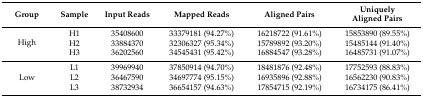
| Group | Sample | Input Reads | Mapped Reads | Aligned Pairs | Uniquely Aligned Pairs |
 | --- | --- | --- | --- | --- | --- |
 | <ROWSPAN=3> High | H1 | 35408600 | 33379181 (94.27%) | 16218722 (91.61%) | 15853890 (89.55%) |
 | H2 | 33884370 | 32306327 (95.34%) | 15789892 (93.20%) | 15485144 (91.40%) |
 | H3 | 36202560 | 34545431 (95.42%) | 16884547 (93.28%) | 16485731 (91.07%) |
 | <ROWSPAN=3> Low | L1 | 39969940 | 37850914 (94.70%) | 18481876 (92.48%) | 17752593 (88.83%) |
 | L2 | 36467590 | 34697774 (95.15%) | 16935896 (92.88%) | 16562230 (90.83%) |
 | L3 | 38732934 | 36654157 (94.63%) | 17854715 (92.19%) | 16734175 (86.41%) |